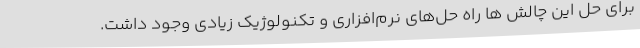
برای حل این چالش ها راه حل‌های نرم‌افزاری و تکنولوژیک زیادی وجود داشت.